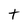
Character: t